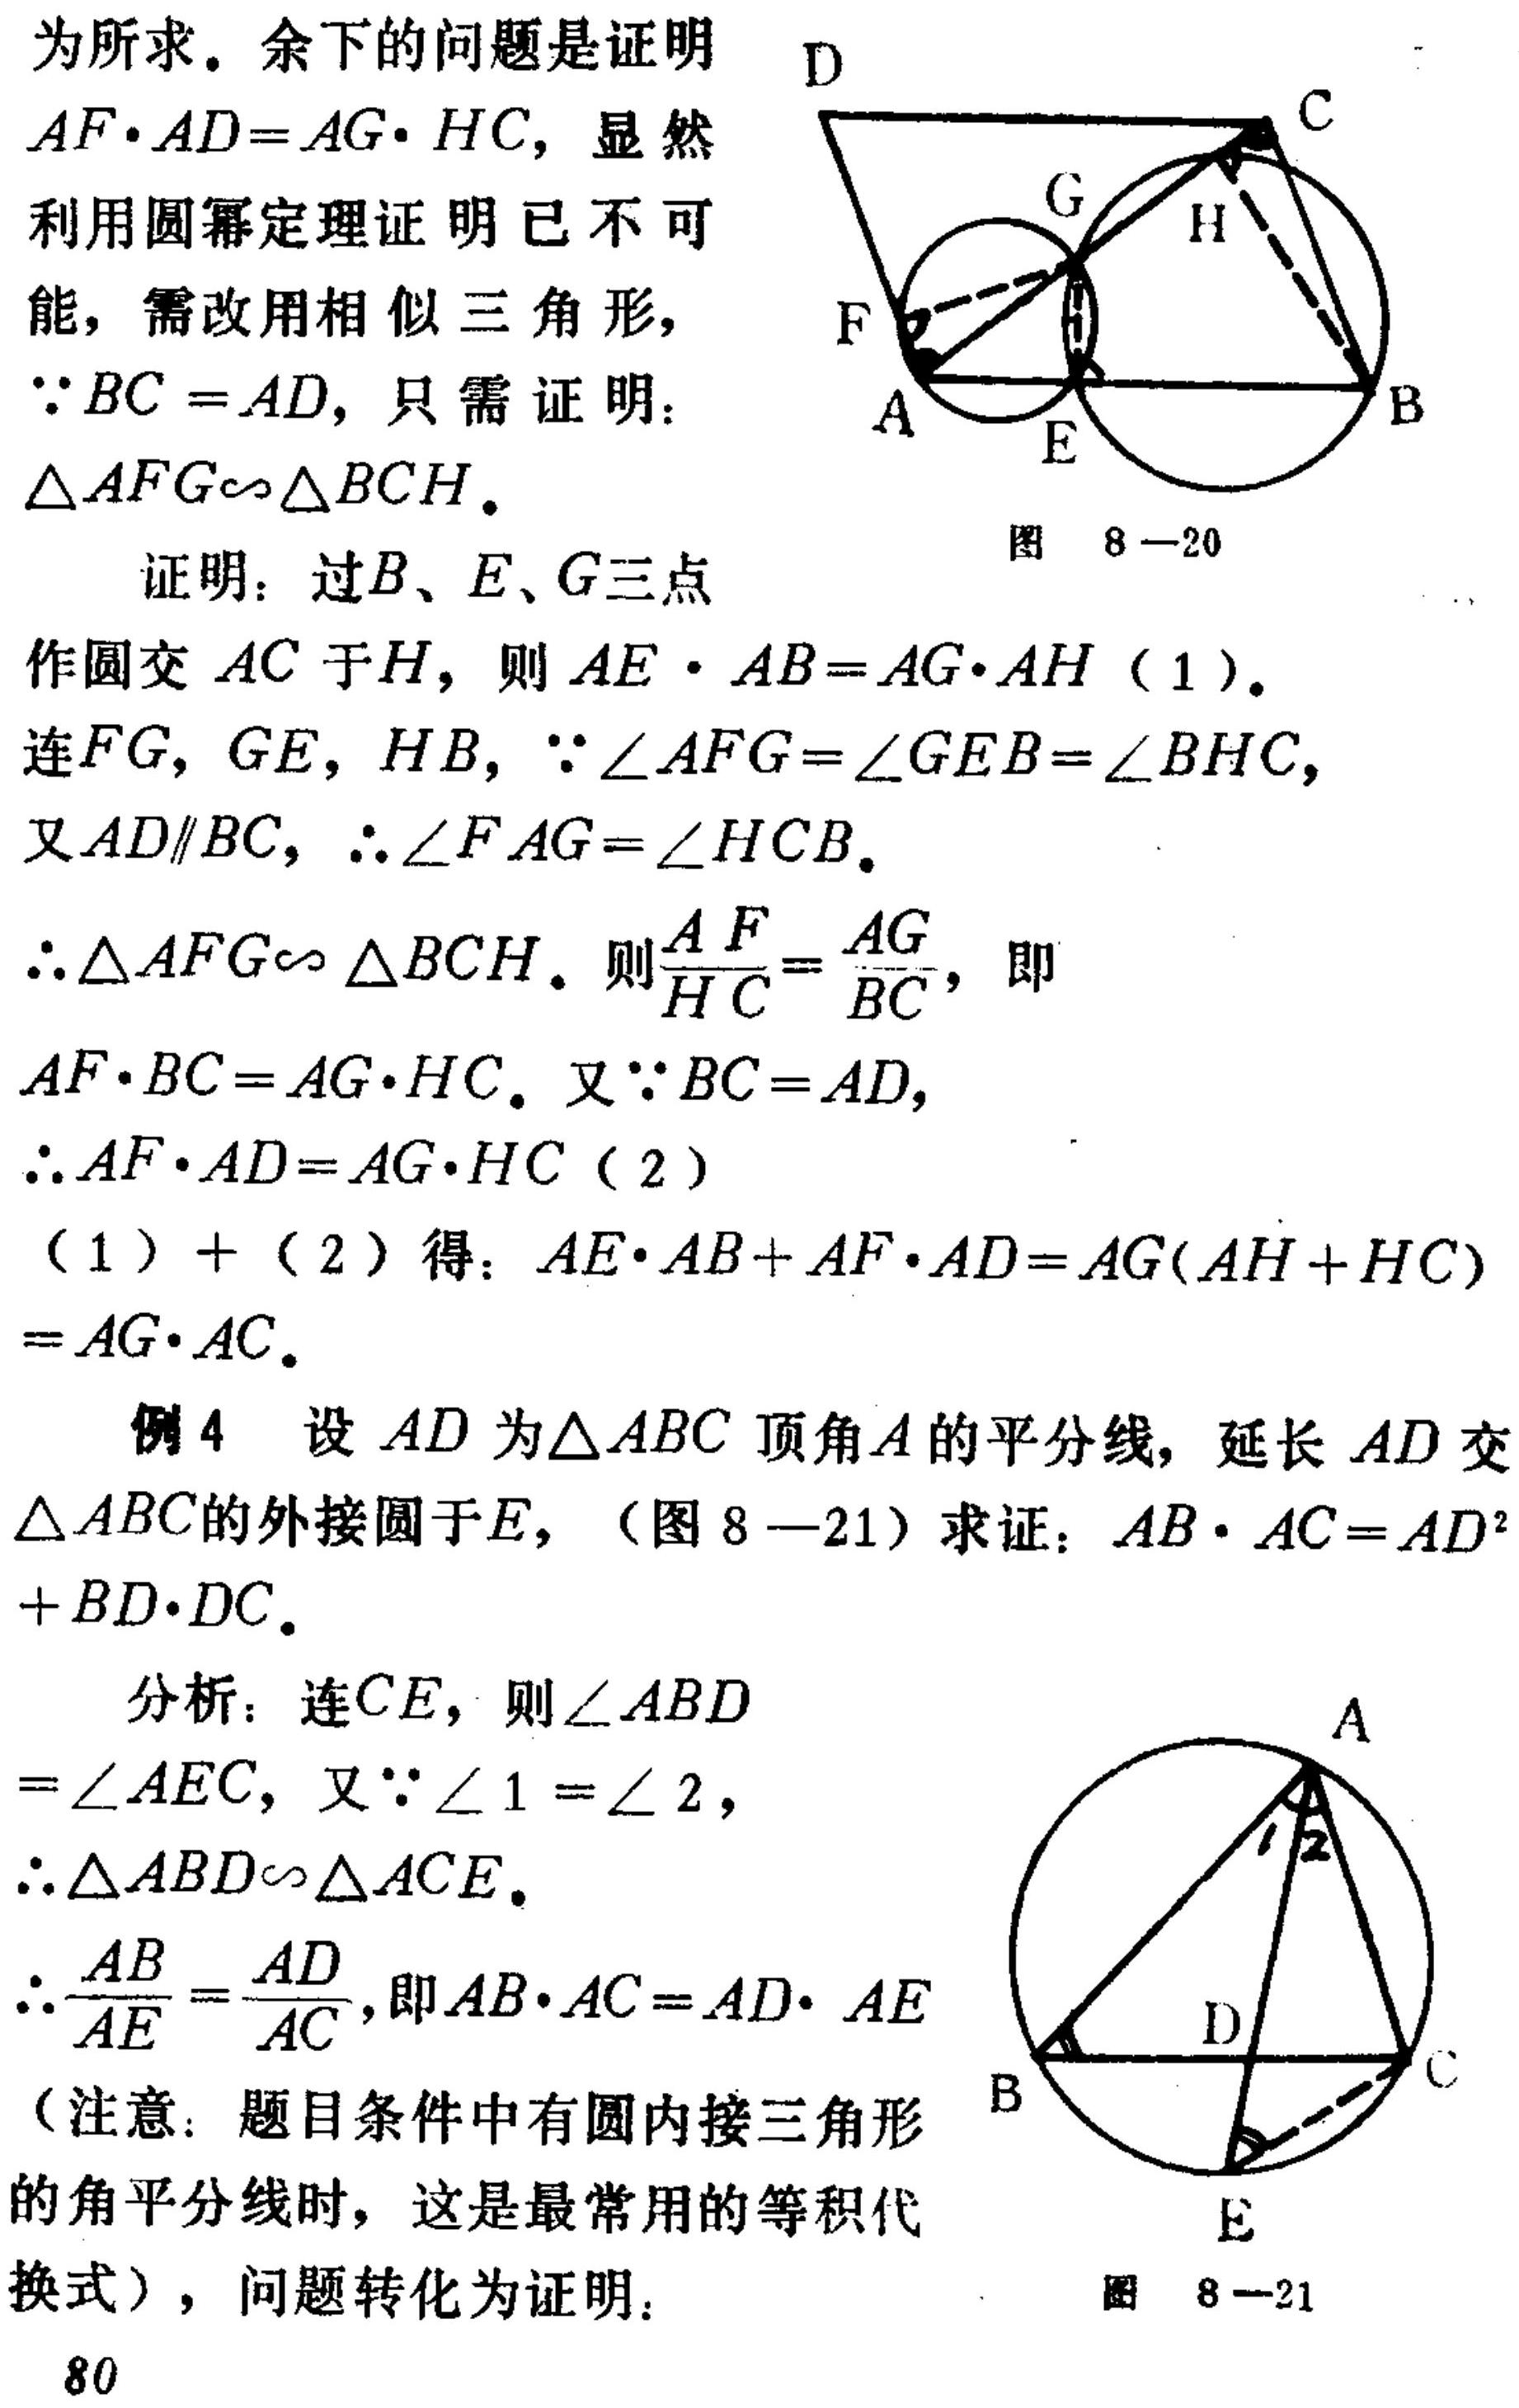
为所求。余下的问题是证明
$AF\cdot AD = AG\cdot HC$，显然
利用圆幂定理证明已不可
能，需改用相似三角形，
$\because BC = AD$，只需证明：
$\triangle AFG\sim\triangle BCH$。
  证明：过$B、E、G$三点
作圆交$AC$于$H$，则$AE\cdot AB = AG\cdot AH$（1）。
连$FG$，$GE$，$HB$，$\because\angle AFG=\angle GEB=\angle BHC$，
又$AD\parallel BC$，$\therefore\angle FAG=\angle HCB$。
$\therefore\triangle AFG\sim\triangle BCH$。则$\frac{AF}{HC}=\frac{AG}{BC}$，即
$AF\cdot BC = AG\cdot HC$。又$\because BC = AD$，
$\therefore AF\cdot AD = AG\cdot HC$（2）
（1）+（2）得：$AE\cdot AB + AF\cdot AD = AG(AH + HC)$
$= AG\cdot AC$。
  例4 设$AD$为$\triangle ABC$顶角$A$的平分线，延长$AD$交
$\triangle ABC$的外接圆于$E$，（图8—21）求证：$AB\cdot AC = AD^{2}$
$+ BD\cdot DC$。
  分析：连$CE$，则$\angle ABD$
$=\angle AEC$，又$\because\angle 1=\angle 2$，
$\therefore\triangle ABD\sim\triangle ACE$。
$\therefore\frac{AB}{AE}=\frac{AD}{AC}$，即$AB\cdot AC = AD\cdot AE$
（注意：题目条件中有圆内接三角形
的角平分线时，这是最常用的等积代
换式），问题转化为证明：

\begin{figure}[h]
\centering
\begin{minipage}[t]{0.4\textwidth}
\includegraphics[width=\textwidth]{图8 - 20的图片路径}
\caption{图8—20}
\end{minipage}
\hfill
\begin{minipage}[t]{0.4\textwidth}
\includegraphics[width=\textwidth]{图8 - 21的图片路径}
\caption{图8—21}
\end{minipage}
\end{figure}